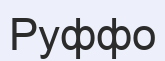
Руффо